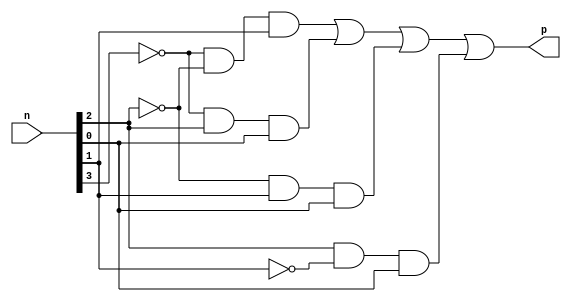
module primeNumDetector (
	input [3:0] n,
	output	    p
);
	wire w_and[3:0];

	and (w_and[0], ~n[3], ~n[2], n[1]);
	and (w_and[1], ~n[3],  n[2] ,n[0]);
	and (w_and[2], ~n[2],  n[1], n[0]);
	and (w_and[3],  n[2], ~n[1], n[0]);
	or  (p, w_and[0], w_and[1], w_and[2], w_and[3]);
endmodule